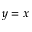
y = x